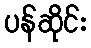
ပန်ဆိုင်း